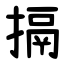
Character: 搹